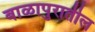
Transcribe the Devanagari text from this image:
बाळापुरातील